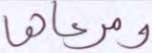
ومرعاها